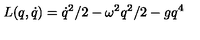
L ( q , \dot { q } ) = \dot { q } ^ { 2 } / 2 - \omega ^ { 2 } q ^ { 2 } / 2 - g q ^ { 4 }